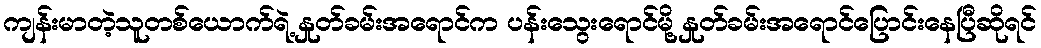
ကျန်းမာတဲ့သူတစ်ယောက်ရဲ့ နှုတ်ခမ်းအရောင်က ပန်းသွေးရောင်မို့ နှုတ်ခမ်းအရောင်ပြောင်းနေပြီဆိုရင်